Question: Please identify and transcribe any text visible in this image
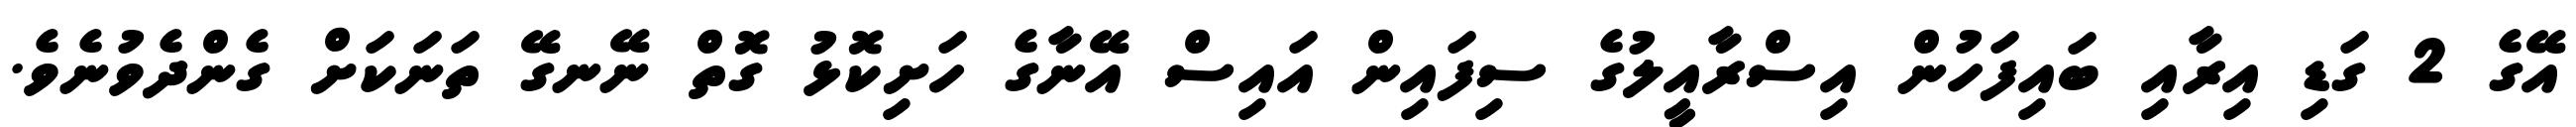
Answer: އޭގެ 2 ގަޑި އިރާއި ބައިފަހުން އިސްރާއީލުގެ ސިފައިން އައިސް އޭނާގެ ހަށިކޮޅު ގޮތް ނޭނގޭ ތަނަކަށް ގެންދެވުނެވެ.